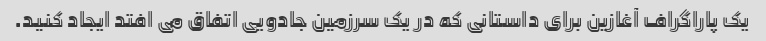
یک پاراگراف آغازین برای داستانی که در یک سرزمین جادویی اتفاق می افتد ایجاد کنید.